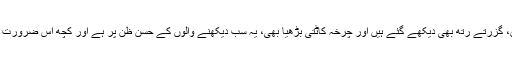
بلکہ اگر آپ دیکھنا چاہیں تو سب مل کر آسمان پر تلوار دیکھ سکتے ہیں، گزرتے رتھ بھی دیکھے گئے ہیں اور چرخہ کاٹتی بڑھیا بھی، یہ سب دیکھنے والوں کے حسنِ ظن پر ہے اور کچھ اس ضرورت پر کہ آسمان پر اس وقت کس معجزے کے نظر آنے کی ضرورت ہے۔